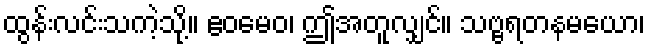
ထွန်းလင်းသကဲ့သို့။ ဧဝမေဝ၊ ဤအတူလျှင်။ သဗ္ဗရတနမယော၊